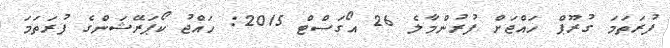
ފުރަތަމަ ގުރޫޕް ހައްޖަށް ފުރުންމާލެ 26 އޯގަސްޓް 2015: ހައްޖު ކޯޕަރޭޝަންގެ ފުރަތަމަ